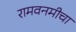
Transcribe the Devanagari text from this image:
रामवनमीचा